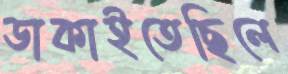
ডাকাইতেছিলে